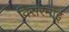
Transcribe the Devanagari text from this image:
विसरनाई